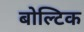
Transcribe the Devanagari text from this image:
बोल्टिक